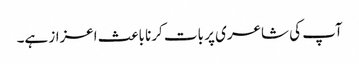
آپ کی شاعری پر بات کرنا باعث اعزاز ہے۔